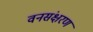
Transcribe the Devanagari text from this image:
वनसंक्षरण